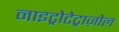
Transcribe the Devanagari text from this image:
नाइट्रोटेट्राज़ोल